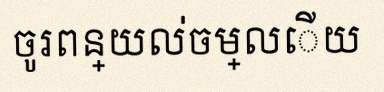
ចូរពន្យល់ចម្លើយ